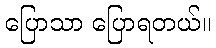
ပြောသာ ပြောရတယ်။